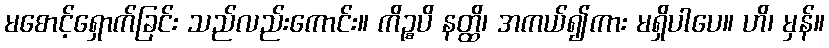
မစောင့်ရှောက်ခြင်း သည်လည်းကောင်း။ ကိဉ္စပိ နတ္ထိ၊ အကယ်၍ကား မရှိပါပေ။ ဟိ၊ မှန်။